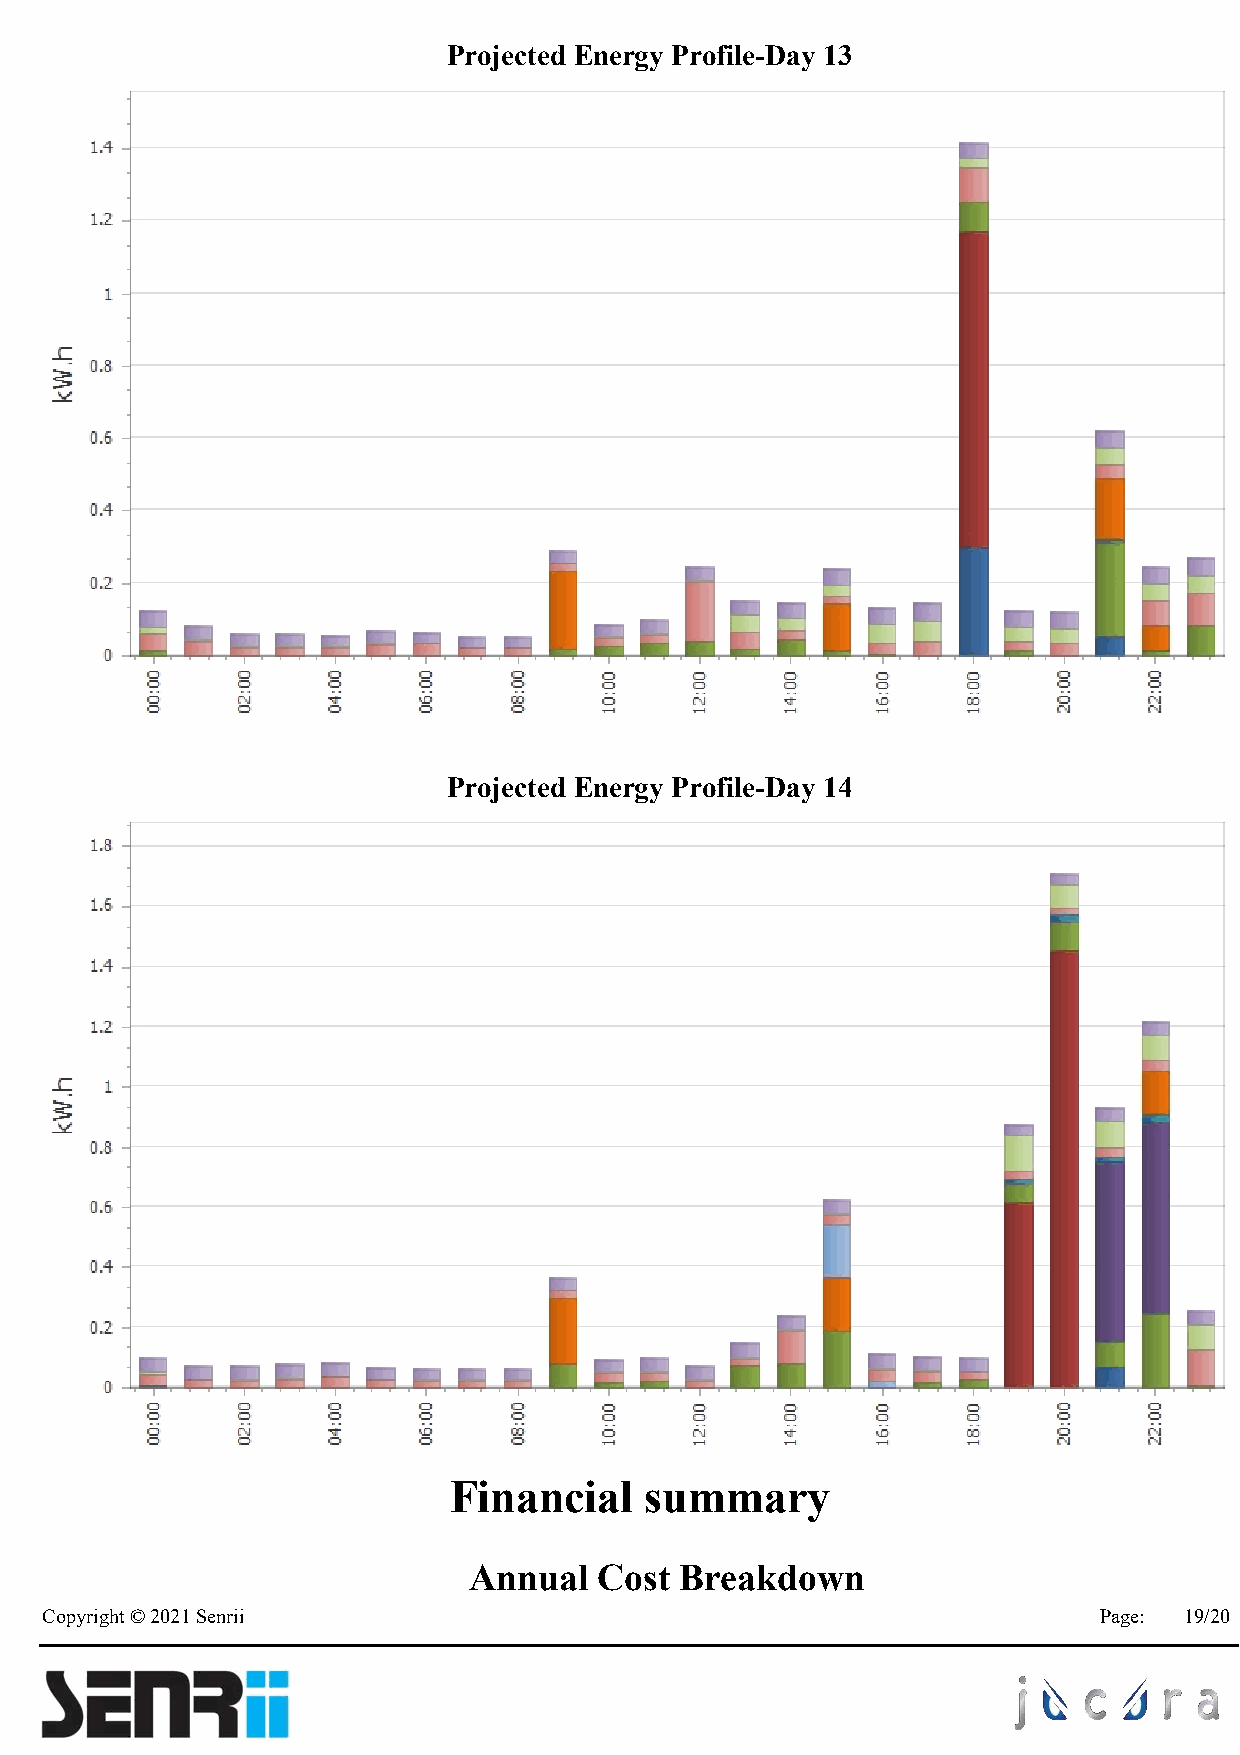
Projected Energy Profile-Day 13
 Projected Energy Profile-Day 14
 Financial    summary
 Annual   Cost Breakdown
 Copyright © 2021 Senrii                                               Page: 19/20